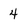
Character: 4